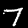
Label: 7